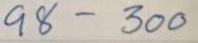
98 - 300